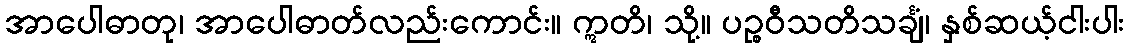
အာပေါဓာတု၊ အာပေါဓာတ်လည်းကောင်း။ ဣတိ၊ သို့။ ပဉ္စဝီသတိသင်္ချံ၊ နှစ်ဆယ့်ငါးပါး